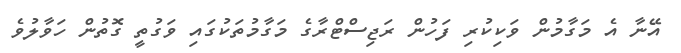
އޭނާ އެ މަގާމުން ވަކިކުރި ފަހުން ރަޖިސްޓްރާގެ މަގާމުތަކުގައި ވަގުތީ ގޮތުން ހަވާލުވެ